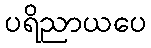
ပရိညာယပေ